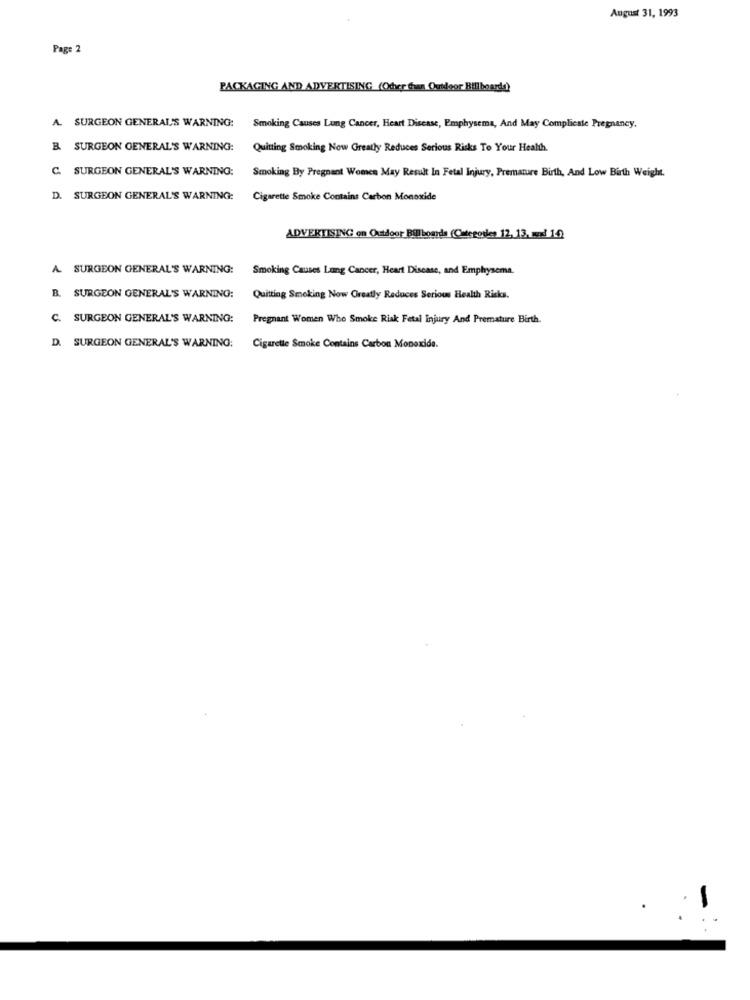
August 31, 1993
Page
PACKAGING AND ADVERTISING (Oder Chuan Outdoor Billboarda)
A. SURGEON GENERAL'S WARNING:
Smoking Causes Lung Cancer, Heart Disease, Emphysema, And May Complicate Pregnancy,
B SURGEON GENERAL'S WARNING:
Quitting Smoking Now Greatly Reduces Serious Risks To Your Health.
SURGEON GENERAL'S WARNING:
Smoking By Pregnant Women May Result In Fetal Injury, Premature Birth, And Low Birth Weight.
D. SURGEON GENERAL'S WARNING:
Cigarette Smoke Contains Carbon Monoxide
ADVERTISING on Outdoor Bill boards (Categovles 12, 13, mad 140
A. SURGEON GENERAL'S WARNING: Smoking Causes Lung Cancer, Heart Disease, and Emphysema.
B. SURGEON GENERAL'S WARNING:
Quitting Smoking Now Greatly Reduces Serious Health Risks.
C. SURGEON GENERAL'S WARNING:
Pregnant Women Who Smoke Riak Fetal Injury And Premature Birth.
D. SURGEON GENERAL'S WARNING:
Cigarette Smoke Contains Carbon Monoxide.